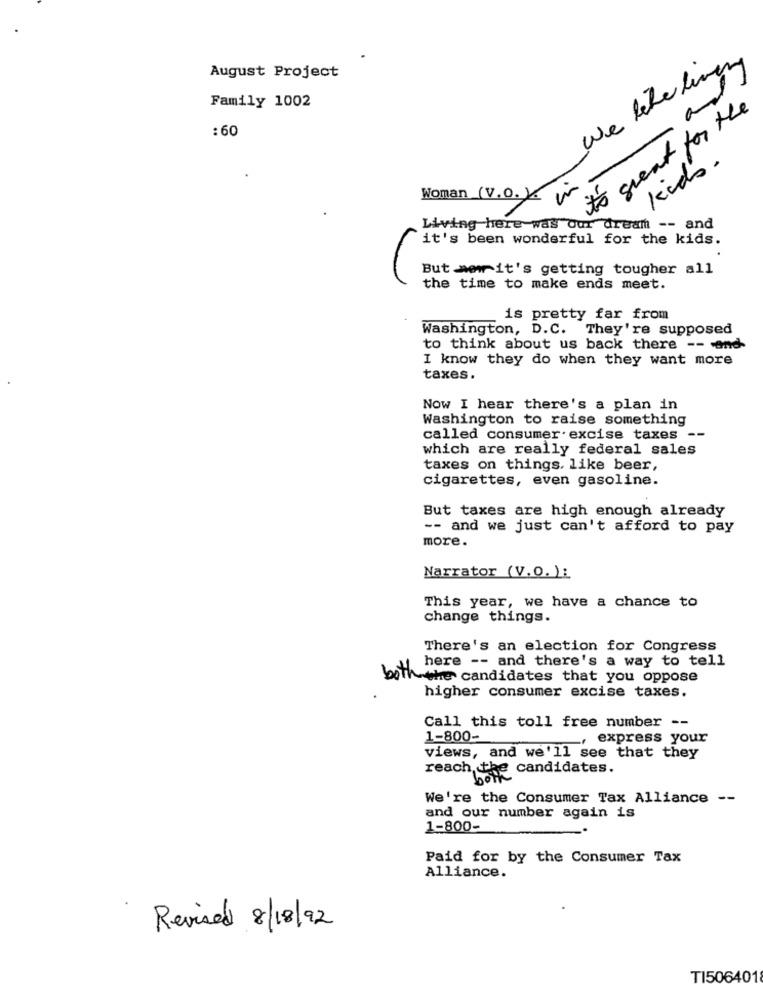
We like living
August Project
and
Family 1002
it's great for the
: 60
Kids.
Woman (V.O. Y
Living here was Our dream -- and
it's been wonderful for the kids.
But merr it's getting tougher all
the time to make ends meet.
is pretty far from
Washington, D.C. They're supposed
to think about us back there -- - and-
I know they do when they want more
taxes.
Now I hear there's a plan in
Washington to raise something
called consumer excise taxes -
which are really federal sales
taxes on things, like beer,
cigarettes, even gasoline.
But taxes are high enough already
-- and we just can't afford to pay
more.
Narrator (V.O. ):
This year, we have a chance to
change things.
There's an election for Congress
here -- and there's a way to tell
both the candidates that you oppose
higher consumer excise taxes.
Call this toll free number --
1-800-
express your
views, and we'll see that they
reach the candidates.
We're the Consumer Tax Alliance --
and our number again is
1-800-
Paid for by the Consumer Tax
Alliance.
Revised 8/18/92
TI506401